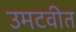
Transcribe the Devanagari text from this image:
उमटवीत